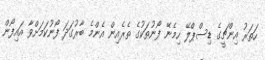
ހަތަރު އިންޗީގެ ޑިސްޕްލޭ ހިމެނޭ ފޯނުތަކުގެ ތެރެއިން އެންމެ ބާރުގަދަ ފޯނުކަމަށްވާ އައިފޯން